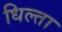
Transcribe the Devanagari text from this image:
धिल्ता